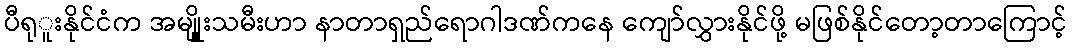
ပီရုူးနိုင်ငံက အမျိုူးသမီးဟာ နာတာရှည်ရောဂါဒဏ်ကနေ ကျော်လွှားနိုင်ဖို့ မဖြစ်နိုင်တော့တာကြောင့်